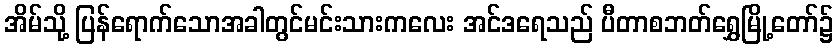
အိမ်သို့ ပြန်ရောက်သောအခါတွင်မင်းသားကလေး အင်ဒရေသည် ပီတာစဘတ်ရွှေမြို့တော်၌